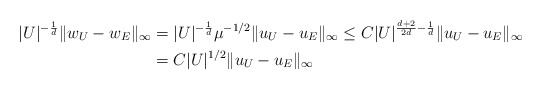
\begin{align*} |U|^{-\frac{1}{d}}\|w_U - w_E\|_\infty &= |U|^{-\frac{1}{d}}\mu^{-1/2}\|u_U - u_E\|_\infty \leq C|U|^{\frac{d+2}{2d}-\frac{1}{d}}\|u_U - u_E\|_\infty \\ &= C|U|^{1/2}\|u_U - u_E\|_\infty \end{align*}